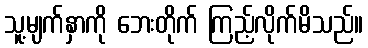
သူ့မျက်နှာကို ဘေးတိုက် ကြည့်လိုက်မိသည်။